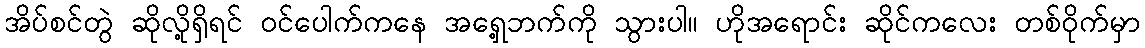
အိပ်စင်တွဲ ဆိုလို့ရှိရင် ဝင်ပေါက်ကနေ အရှေ့ဘက်ကို သွားပါ။ ဟိုအရောင်း ဆိုင်ကလေး တစ်ဝိုက်မှာ